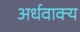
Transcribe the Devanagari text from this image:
अर्धवाक्य